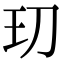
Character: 𭸵